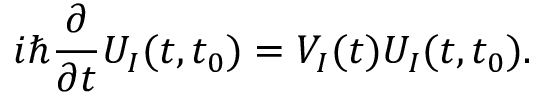
i \hbar \frac { \partial } { \partial t } U _ { I } ( t , t _ { 0 } ) = V _ { I } ( t ) U _ { I } ( t , t _ { 0 } ) .